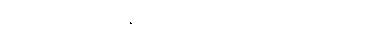
၁၃၀၁။ သရဏဒုကနိဒ္ဒေသေ၊ ၌။ တီသု, အကုသလမူလေသု၊